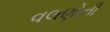
વલણોની